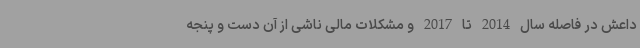
داعش در فاصله سال 2014 تا 2017 و مشکلات مالی ناشی از آن دست و پنجه